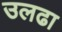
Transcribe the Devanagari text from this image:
उलढा